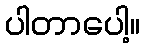
ပါတာပေါ့။